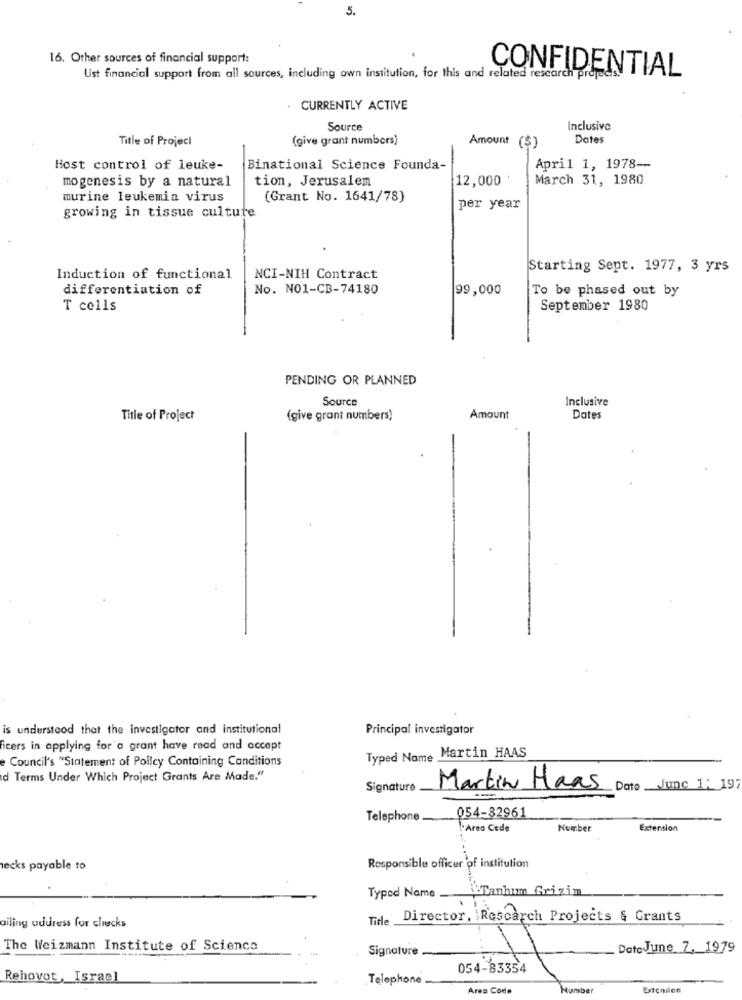
5.
16. Other sources of financial support:
Ust financial support from all sources, including own institution, for this and related research projects.
CONFIDENTIAL
. CURRENTLY ACTIVE
Source
Inclusive
Title of Project
(give grant numbers)
Dates
Amount ($)
Host control of leuke-
Binational Science Founda-
April 1, 1978 --
mogenesis by a natural
tion, Jerusalem
12,000
March 31, 1980
murine leukemia virus
(Grant No. 1641/78)
per year
growing in tissue culture
Starting Sept. 1977, 3 yrs
Induction of functional
NCI-NIH Contract
differentiation of
No. NO1-CB-74180
99,000
To be phased out by
T cells
September 1980
PENDING OR PLANNED
Source
Inclusive
Title of Project
(give grant numbers)
Amount
Dates
is understood that the investigator and institutional
Principal investigator
icers in applying for a grant have read and accept
e Council's "Statement of Policy Containing Conditions
Typed Name Martin HAAS
d Terms Under Which Project Grants Are Made."
Signature
Martin Haas
Date June 1; 197
Telephone
054-82961
Area Cede
Number
Extension
lecks payable to
Responsible officer 'of institution
Typed Name
Tanhum Grizim
ailing address for clicks
Title
Director, Research Projects & Grants
The Weizmann Institute of Science
Signature
Date June 7, 1979
054-83354
Rehovot, Israel
Telephone
Area Code
Humber
Extension